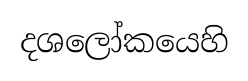
දශලෝකයෙහි